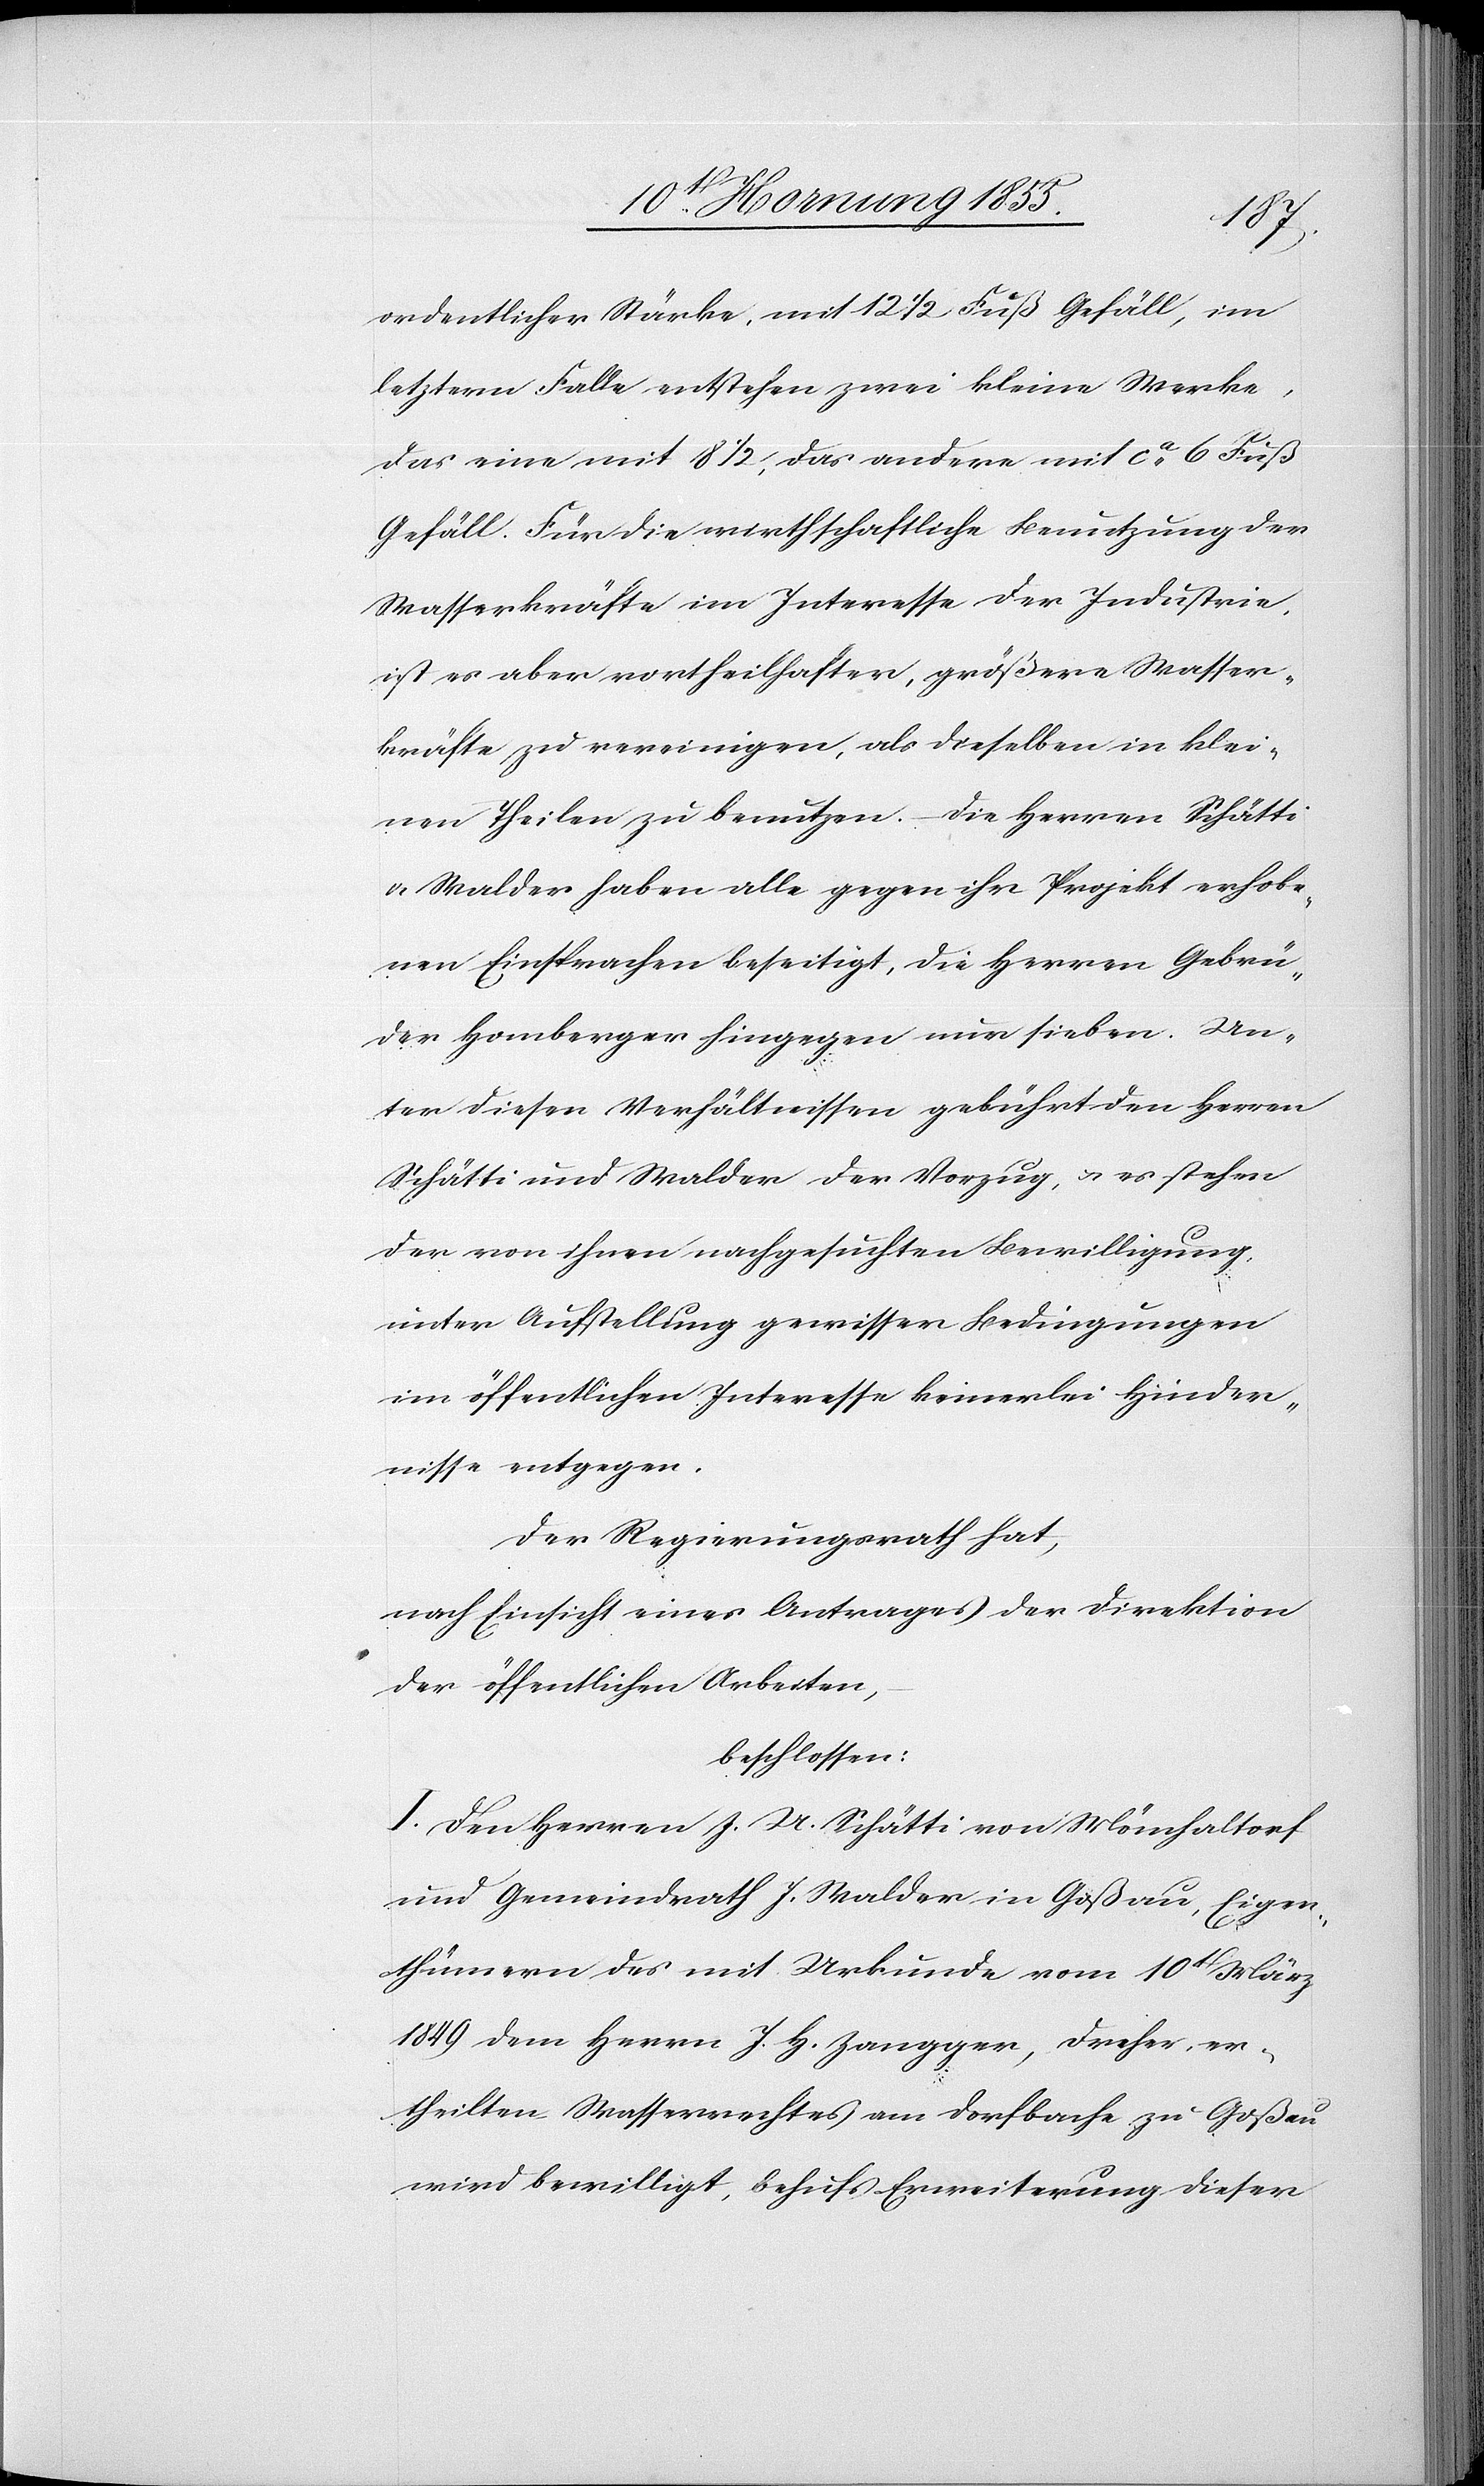
ordentlicher Stärke, mit 12 1/2 Fuß Gefäll, im
letztern Falle entstehen zwei kleine Werke,
das eine mit 8 1/2, das andere mit ca. 6 Fuß
Gefäll. Für die wirthschaftliche Benutzung der
Wasserkräfte im Interesse der Industrie,
ist es aber vortheilhafter, größere Wasser¬
kräfte zu vereinigen, als dieselben in klei¬
nen Theilen zu benutzen. – Die Herren Schätti
& Walder haben alle gegen ihr Projekt erhobe¬
nen Einsprachen beseitigt, die Herren Gebrü¬
der Homberger hingegen nur sieben. Un¬
ter diesen Verhältnissen gebührt den Herren
Schätti und Walder der Vorzug, & es stehen
der von ihnen nachgesuchten Bewilligung,
unter Aufstellung gewisser Bedingungen
im öffentlichen Interesse keinerlei Hinder¬
nisse entgegen.
Der Regierungsrath hat,
nach Einsicht eines Antrages der Direktion
der öffentlichen Arbeiten,
beschlossen:
I. Den Herren J. U. Schätti von Mönchaltorf
und Gemeindrath J. Walder in Goßau, Eigen¬
thümern des mit Urkunde vom 10t[en] März
1849 dem Herrn J. H. Zangger, Dreher, er¬
theilten Wasserrechtes am Dorfbache zu Goßau
wird bewilligt, behufs Erweiterung dieser